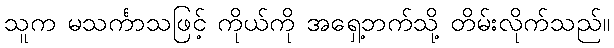
သူက မသင်္ကာသဖြင့် ကိုယ်ကို အရှေ့ဘက်သို့ တိမ်းလိုက်သည်။